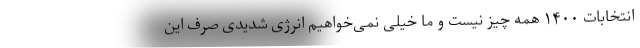
انتخابات ۱۴۰۰ همه چیز نیست و ما خیلی نمی‌خواهیم انرژی شدیدی صرف این